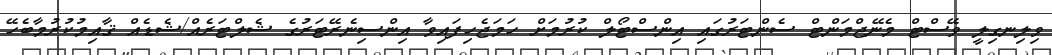
ވިލިނގިލީ ވޭސްޓް މެނޭޖްމަންޓް ސެންޓަރުގައި އިންސްޓޯލް ކުރުމަށް ހަމަޖެހިފައިވާ އިންސިނެރޭޓަރުގެ ޝެލްޓަރެއް/ޝެޑެއް ޤާއިމުކުރުމާބެހޭ